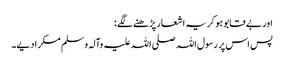
اور بے قابو ہو کر یہ اشعار پڑھنے لگے :
پس اس پر رسول اللہ صلی اللہ علیہ وآلہ وسلم مسکرا دیے۔